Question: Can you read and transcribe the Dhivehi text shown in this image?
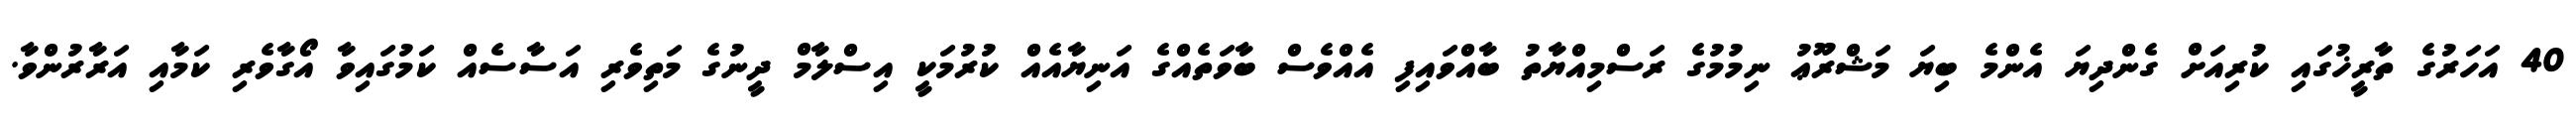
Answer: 40 އަހަރުގެ ތާރީޚުގައި ކުރިއަށް ގެންދިޔަ އެންމެ ބިޔަ މަޝްރޫޢު ނިމުމުގެ ރަސްމިއްޔާތު ބާއްވައިފި އެއްވެސް ބާވަތެއްގެ އަނިޔާއެއް ކުރުމަކީ އިސްލާމް ދީނުގެ މަތިވެރި އަސާސެއް ކަމުގައިވާ އޯގާވެރި ކަމާއި އަރާރުންވާ.